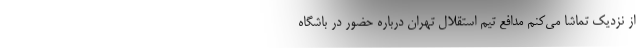
از نزدیک تماشا می‌کنم مدافع تیم استقلال تهران درباره حضور در باشگاه